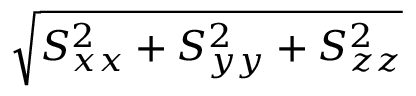
\sqrt { S _ { x x } ^ { 2 } + S _ { y y } ^ { 2 } + S _ { z z } ^ { 2 } }